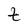
Character: t